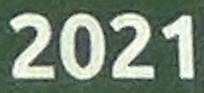
2021